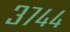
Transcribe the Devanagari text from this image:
३७४४